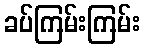
ခပ်ကြမ်းကြမ်း